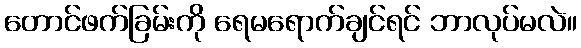
တောင်ဖက်ခြမ်းကို ရေမရောက်ချင်ရင် ဘာလုပ်မလဲ။